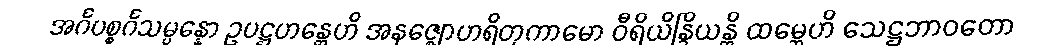
အင်္ဂပစ္စင်္ဂသမ္ပန္နော ဥပဋ္ဌဟန္တေဟိ အနဇ္ဈောဟရိတုကာမော ဝီရိယိန္ဒြိယန္တိ ထမ္ဘေဟိ သေဋ္ဌဘာဝတော